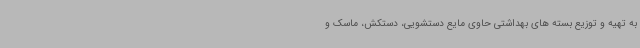
به تهیه و توزیع بسته های بهداشتی حاوی مایع دستشویی، دستکش، ماسک و